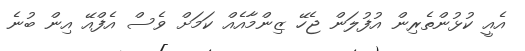
އެއީ ކުޅުންތެރިން އުފުލަން ޖެހޭ ޒިންމާއެއް ކަމަށް ވެސް އެފްއޭ އިން ބުނެ